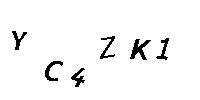
YC4ZK1